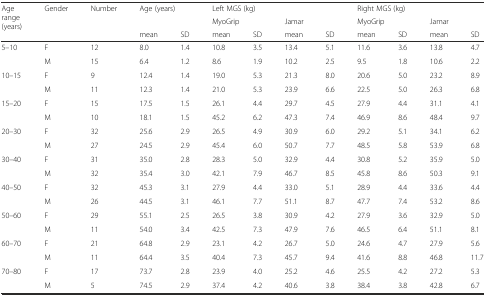
<table><thead><tr><td rowspan="3"><b>Age range (years)</b></td><td rowspan="3"><b>Gender</b></td><td rowspan="3"><b>Number</b></td><td rowspan="2" colspan="2"><b>Age (years)</b></td><td colspan="4"><b>Left MGS (kg)</b></td><td colspan="4"><b>Right MGS (kg)</b></td></tr><tr><td colspan="2"><b>MyoGrip</b></td><td colspan="2"><b>Jamar</b></td><td colspan="2"><b>MyoGrip</b></td><td colspan="2"><b>Jamar</b></td></tr><tr><td><b>mean</b></td><td><b>SD</b></td><td><b>mean</b></td><td><b>SD</b></td><td><b>mean</b></td><td><b>SD</b></td><td><b>mean</b></td><td><b>SD</b></td><td><b>mean</b></td><td><b>SD</b></td></tr></thead><tbody><tr><td>5–10</td><td>F</td><td>12</td><td>8.0</td><td>1.4</td><td>10.8</td><td>3.5</td><td>13.4</td><td>5.1</td><td>11.6</td><td>3.6</td><td>13.8</td><td>4.7</td></tr><tr><td></td><td>M</td><td>15</td><td>6.4</td><td>1.2</td><td>8.6</td><td>1.9</td><td>10.2</td><td>2.5</td><td>9.5</td><td>1.8</td><td>10.6</td><td>2.2</td></tr><tr><td>10–15</td><td>F</td><td>9</td><td>12.4</td><td>1.4</td><td>19.0</td><td>5.3</td><td>21.3</td><td>8.0</td><td>20.6</td><td>5.0</td><td>23.2</td><td>8.9</td></tr><tr><td></td><td>M</td><td>11</td><td>12.3</td><td>1.4</td><td>21.0</td><td>5.3</td><td>23.9</td><td>6.6</td><td>22.5</td><td>5.0</td><td>26.3</td><td>6.8</td></tr><tr><td>15–20</td><td>F</td><td>15</td><td>17.5</td><td>1.5</td><td>26.1</td><td>4.4</td><td>29.7</td><td>4.5</td><td>27.9</td><td>4.4</td><td>31.1</td><td>4.1</td></tr><tr><td></td><td>M</td><td>10</td><td>18.1</td><td>1.5</td><td>45.2</td><td>6.2</td><td>47.3</td><td>7.4</td><td>46.9</td><td>8.6</td><td>48.4</td><td>9.7</td></tr><tr><td>20–30</td><td>F</td><td>32</td><td>25.6</td><td>2.9</td><td>26.5</td><td>4.9</td><td>30.9</td><td>6.0</td><td>29.2</td><td>5.1</td><td>34.1</td><td>6.2</td></tr><tr><td></td><td>M</td><td>27</td><td>24.5</td><td>2.9</td><td>45.4</td><td>6.0</td><td>50.7</td><td>7.7</td><td>48.5</td><td>5.8</td><td>53.9</td><td>6.8</td></tr><tr><td>30–40</td><td>F</td><td>31</td><td>35.0</td><td>2.8</td><td>28.3</td><td>5.0</td><td>32.9</td><td>4.4</td><td>30.8</td><td>5.2</td><td>35.9</td><td>5.0</td></tr><tr><td></td><td>M</td><td>32</td><td>35.4</td><td>3.0</td><td>42.1</td><td>7.9</td><td>46.7</td><td>8.5</td><td>45.8</td><td>8.6</td><td>50.3</td><td>9.1</td></tr><tr><td>40–50</td><td>F</td><td>32</td><td>45.3</td><td>3.1</td><td>27.9</td><td>4.4</td><td>33.0</td><td>5.1</td><td>28.9</td><td>4.4</td><td>33.6</td><td>4.4</td></tr><tr><td></td><td>M</td><td>26</td><td>44.5</td><td>3.1</td><td>46.1</td><td>7.7</td><td>51.1</td><td>8.7</td><td>47.7</td><td>7.4</td><td>53.2</td><td>8.6</td></tr><tr><td>50–60</td><td>F</td><td>29</td><td>55.1</td><td>2.5</td><td>26.5</td><td>3.8</td><td>30.9</td><td>4.2</td><td>27.9</td><td>3.6</td><td>32.9</td><td>5.0</td></tr><tr><td></td><td>M</td><td>11</td><td>54.0</td><td>3.4</td><td>42.5</td><td>7.3</td><td>47.9</td><td>7.6</td><td>46.5</td><td>6.4</td><td>51.1</td><td>8.1</td></tr><tr><td>60–70</td><td>F</td><td>21</td><td>64.8</td><td>2.9</td><td>23.1</td><td>4.2</td><td>26.7</td><td>5.0</td><td>24.6</td><td>4.7</td><td>27.9</td><td>5.6</td></tr><tr><td></td><td>M</td><td>11</td><td>64.4</td><td>3.5</td><td>40.4</td><td>7.3</td><td>45.7</td><td>9.4</td><td>41.6</td><td>8.8</td><td>46.8</td><td>11.7</td></tr><tr><td>70–80</td><td>F</td><td>17</td><td>73.7</td><td>2.8</td><td>23.9</td><td>4.0</td><td>25.2</td><td>4.6</td><td>25.5</td><td>4.2</td><td>27.2</td><td>5.3</td></tr><tr><td></td><td>M</td><td>5</td><td>74.5</td><td>2.9</td><td>37.4</td><td>4.2</td><td>40.6</td><td>3.8</td><td>38.4</td><td>3.8</td><td>42.8</td><td>6.7</td></tr></tbody></table>